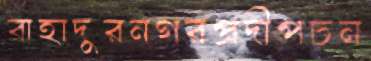
বাহাদুরনগরপ্রদীপচন